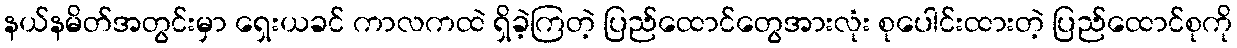
နယ်နမိတ်အတွင်းမှာ ရှေးယခင် ကာလကထဲ ရှိခဲ့ကြတဲ့ ပြည်ထောင်တွေအားလုံး စုပေါင်းထားတဲ့ ပြည်ထောင်စုကို